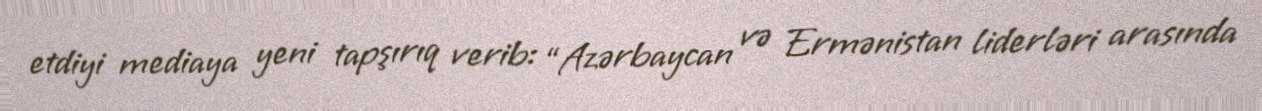
etdiyi mediaya yeni tapşırıq verib: “Azərbaycan və Ermənistan liderləri arasında